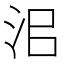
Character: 𰛜